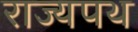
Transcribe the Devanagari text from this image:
राज्यपथ